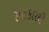
સહકારથી